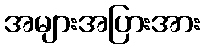
အများအပြားအား